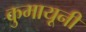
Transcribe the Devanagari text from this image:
कुमायूनी